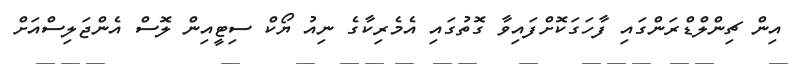
އިން ޗިންލްޑްރަންގައި ފާހަގަކޮށްފައިވާ ގޮތުގައި އެމެރިކާގެ ނިއު ޔޯކް ސިޓީއިން ލޮސް އެންޖަލިސްއަށް